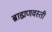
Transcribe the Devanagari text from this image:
ब्राह्मणवस्ती